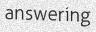
answering